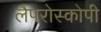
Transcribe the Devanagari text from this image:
लैपरोस्कोपी